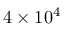
4 \times 1 0 ^ { 4 }